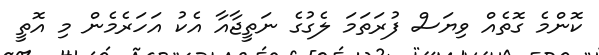
ކޮންމެ ގޮތެއް ވިޔަސް ފުރަތަމަ ލެގުގެ ނަތީޖާއާ އެކު އަހަރެމެން މި އޮތީ